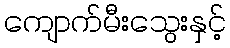
ကျောက်မီးသွေးနှင့်